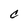
Character: C